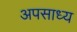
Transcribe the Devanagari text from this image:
अपसाध्य